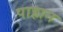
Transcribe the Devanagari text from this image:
पाहान